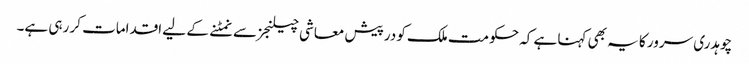
چوہدری سرور کا یہ بھی کہنا ہے کہ حکومت ملک کو درپیش معاشی چیلنجز سے نمٹنے کے لیے اقدامات کر رہی ہے۔